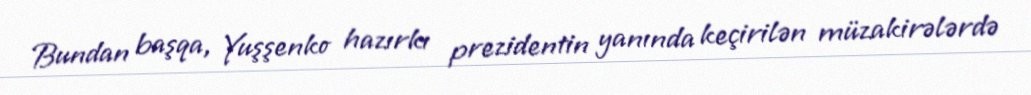
Bundan başqa, Yuşşenko hazırkı prezidentin yanında keçirilən müzakirələrdə